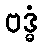
ဗဒ္ဓံ